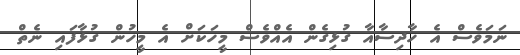
ނަމަވެސް އެ ހާދިސާއާ ގުޅިގެން އެއްވެސް މީހަކަށް އެ މީހުން ގުޅާފައި ނެތް